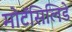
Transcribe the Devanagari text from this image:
मोटॅसिलिडे